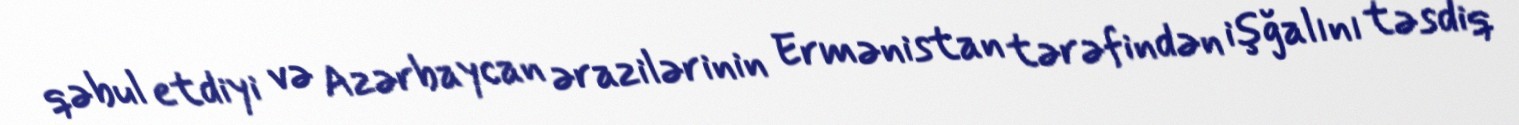
qəbul etdiyi və Azərbaycan ərazilərinin Ermənistan tərəfindən işğalını təsdiq